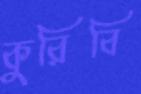
কুরিবি